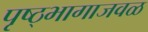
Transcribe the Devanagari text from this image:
पृष्ठ्भागाजवळ